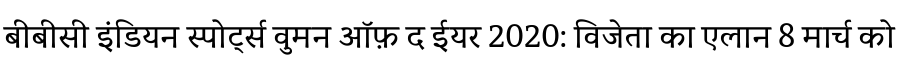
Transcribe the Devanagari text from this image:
बीबीसी इंडियन स्पोर्ट्स वुमन ऑफ़ द ईयर 2020: विजेता का एलान 8 मार्च को